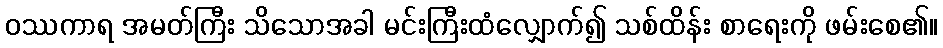
ဝဿကာရ အမတ်ကြီး သိသောအခါ မင်းကြီးထံလျှောက်၍ သစ်ထိန်း စာရေးကို ဖမ်းစေ၏။